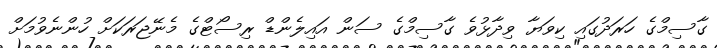
ގާސިމްގެ ހަރަދުގައި ކިވަޔާ ވިދާޅުވެ ގާސިމްގެ ސަން އައިލެންޑް ރިސޯޓްގެ މެނޭޖަރަކަށް ހުންނެވުމަށް